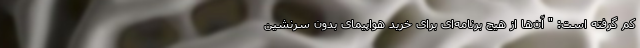
کم گرفته است: " آن‌ها از هیچ برنامه‌ای برای خرید هواپیمای بدون سرنشین